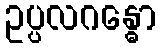
ဥပ္ပလဂန္ဓော